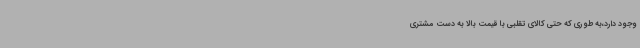
وجود دارد،به‌ طوری ‌که حتی کالای تقلبی با قیمت بالا به دست مشتری